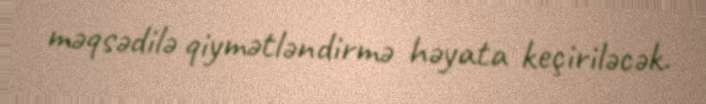
məqsədilə qiymətləndirmə həyata keçiriləcək.